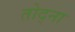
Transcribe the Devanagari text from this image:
तोद्ना